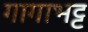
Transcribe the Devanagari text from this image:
गागाभट्ट